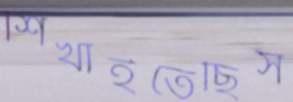
শিখাইতেছিস